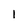
Character: l